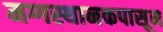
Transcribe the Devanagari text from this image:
मग्गस्थानकपासून